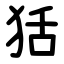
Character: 狧